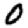
Digit: 0